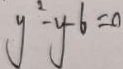
y ^ { 2 } - y - 6 = 0